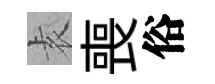
𡊮喪俗